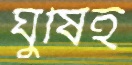
ঘুষিই